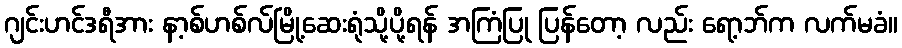
ဂျင်းဟင်ဒရီအား နာ့စ်ဟစ်လ်မြို့ဆေးရုံသို့ပို့ရန် အကြံပြု ပြန်တော့ လည်း ရော့ဘ်က လက်မခံ။